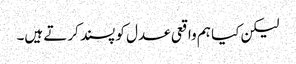
لیکن کیا ہم واقعی عدل کو پسند کرتے ہیں۔